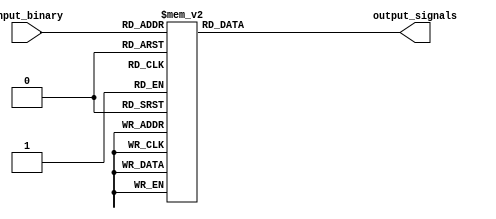
module decoder_3to8 (
    input [2:0] input_binary,
    output reg [7:0] output_signals
);

always @(*) begin
    case(input_binary)
        3'b000: output_signals = 8'b00000001;
        3'b001: output_signals = 8'b00000010;
        3'b010: output_signals = 8'b00000100;
        3'b011: output_signals = 8'b00001000;
        3'b100: output_signals = 8'b00010000;
        3'b101: output_signals = 8'b00100000;
        3'b110: output_signals = 8'b01000000;
        3'b111: output_signals = 8'b10000000;
        default: output_signals = 8'b00000000; // just in case to handle unknown input
    endcase
end

endmodule